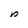
Character: p